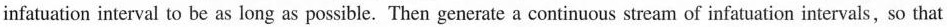
infatuation interval to be as long as possible. Then generate a continuous stream of infatuation intervals, so that